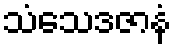
သံသေဒဇာနံ